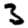
Digit: 3